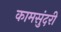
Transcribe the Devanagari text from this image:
कामसुंदरी